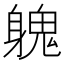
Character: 𨉵